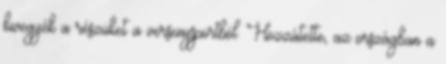
kivegyék a részüket a versenysportból. Hozzátette, az országban a